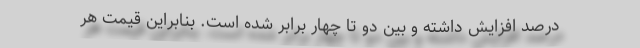
درصد افزایش داشته و بین دو تا چهار برابر شده است. بنابراین قیمت هر